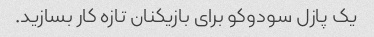
یک پازل سودوکو برای بازیکنان تازه کار بسازید.